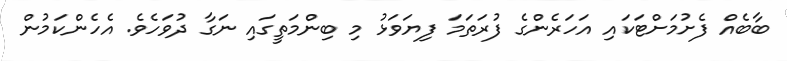
ބާބެއް ފެށުމަށްޓަކައި އަހަރެންގެ ފުރަތަމަ ފިޔަވަޅު މި ބިންމަތީގައި ނަގާ ދުވަހެވެ. އެހެންކަމުން